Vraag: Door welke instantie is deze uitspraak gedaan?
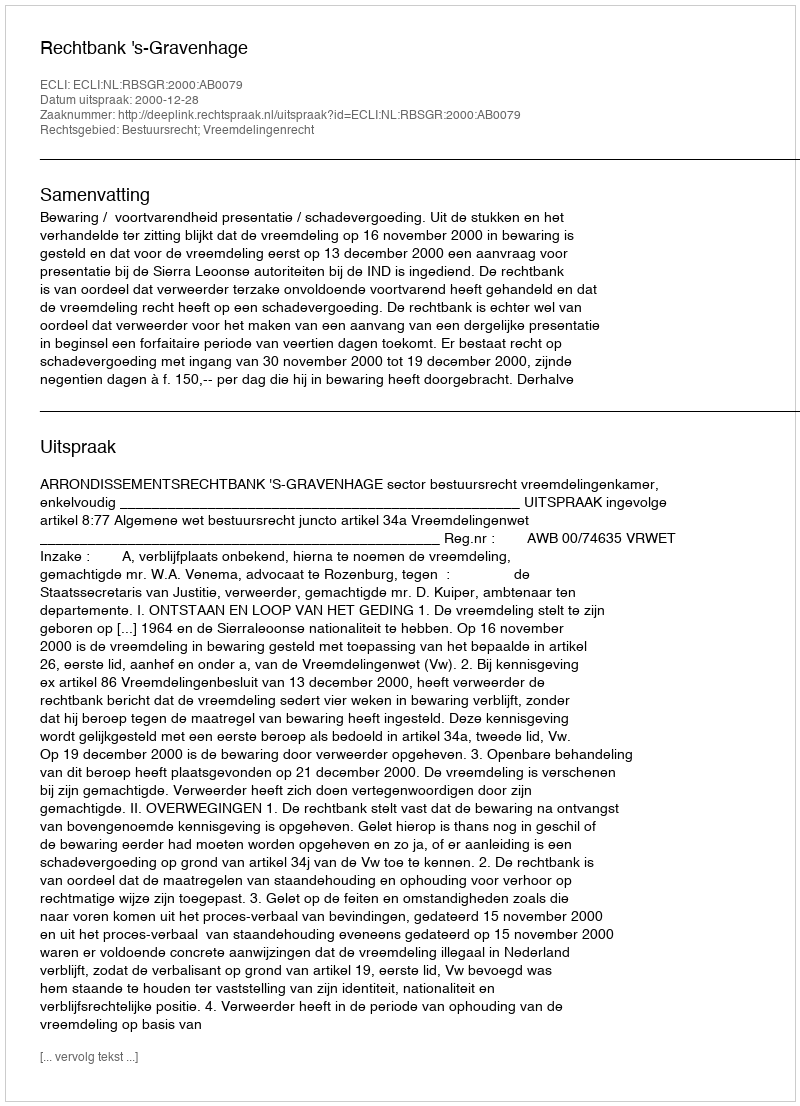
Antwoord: Rechtbank 's-Gravenhage